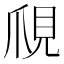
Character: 𧠙